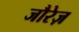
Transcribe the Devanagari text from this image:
जौरेज़